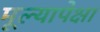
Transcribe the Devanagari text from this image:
मूल्यापेक्षा